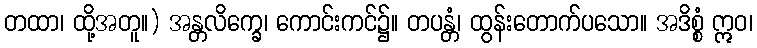
တထာ၊ ထို့အတူ။) အန္တလိက္ခေ၊ ကောင်းကင်၌။ တပန္တံ၊ ထွန်းတောက်ပသော။ အဒိစ္စံ ဣဝ၊